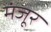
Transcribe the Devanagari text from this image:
मंंजूर